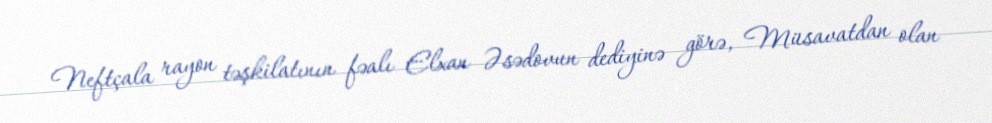
Neftçala rayon təşkilatının fəalı Elxan Əsədovun dediyinə görə, Müsavatdan olan